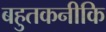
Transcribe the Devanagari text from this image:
बहुतकनीकि